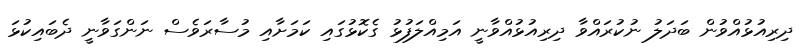
ދިރިއުޅުއްވުން ބަދަލު ނުކުރައްވާ ދިރިއުޅުއްވާނީ އަމިއްލަފުޅު ގެކޮޅުގައި ކަމަށާއި މުސާރަވެސް ނަންގަވާނީ ދެބައިކުޅަ